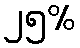
၂၅%